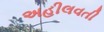
અહીલવતી